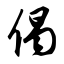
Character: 偈